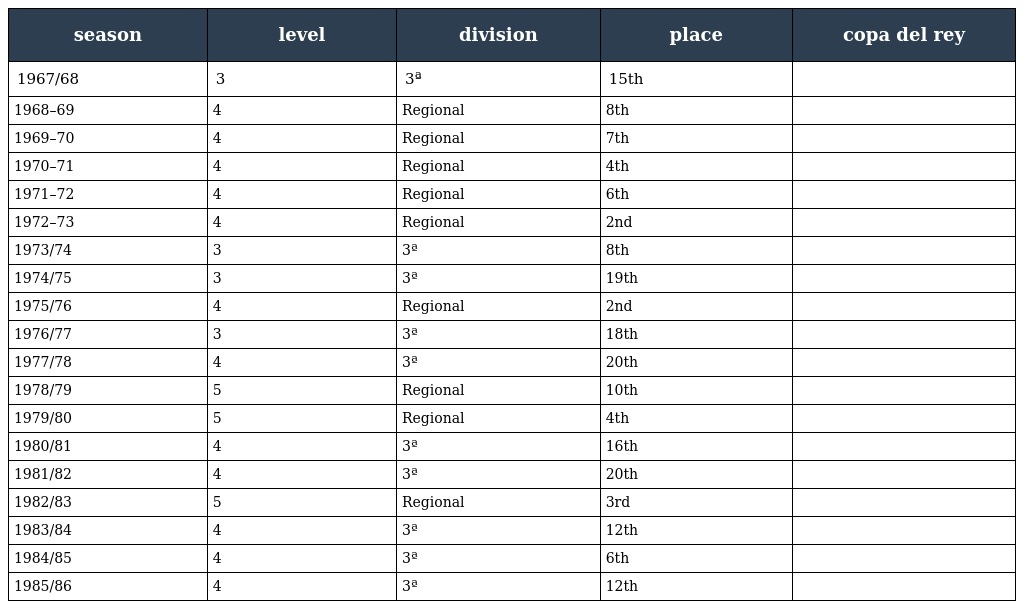
| season | level | division | place | copa del rey |
 | --- | --- | --- | --- | --- |
 | 1967/68 | 3 | 3ª | 15th |  |
 | 1968–69 | 4 | Regional | 8th |  |
 | 1969–70 | 4 | Regional | 7th |  |
 | 1970–71 | 4 | Regional | 4th |  |
 | 1971–72 | 4 | Regional | 6th |  |
 | 1972–73 | 4 | Regional | 2nd |  |
 | 1973/74 | 3 | 3ª | 8th |  |
 | 1974/75 | 3 | 3ª | 19th |  |
 | 1975/76 | 4 | Regional | 2nd |  |
 | 1976/77 | 3 | 3ª | 18th |  |
 | 1977/78 | 4 | 3ª | 20th |  |
 | 1978/79 | 5 | Regional | 10th |  |
 | 1979/80 | 5 | Regional | 4th |  |
 | 1980/81 | 4 | 3ª | 16th |  |
 | 1981/82 | 4 | 3ª | 20th |  |
 | 1982/83 | 5 | Regional | 3rd |  |
 | 1983/84 | 4 | 3ª | 12th |  |
 | 1984/85 | 4 | 3ª | 6th |  |
 | 1985/86 | 4 | 3ª | 12th |  |